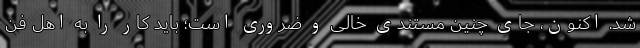
شد. اکنون، جای چنین مستندی خالی و ضروری است؛ باید کار را به اهل فن